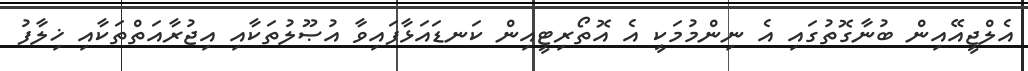
އެލްޖީއޭއިން ބުނާގޮތުގައި އެ ނިންމުމަކީ އެ އޮތޯރިޓީއިން ކަނޑައަޅާފައިވާ އުޞޫލުތަކާއި އިޖުރާއަތްތަކާއި ޚިލާފު